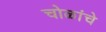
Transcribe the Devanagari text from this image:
चोळांचे